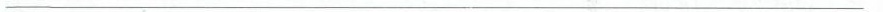
___